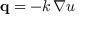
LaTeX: \mathbf { q } = - k \, \nabla u